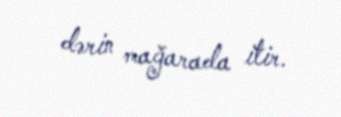
dərin mağarada itir.